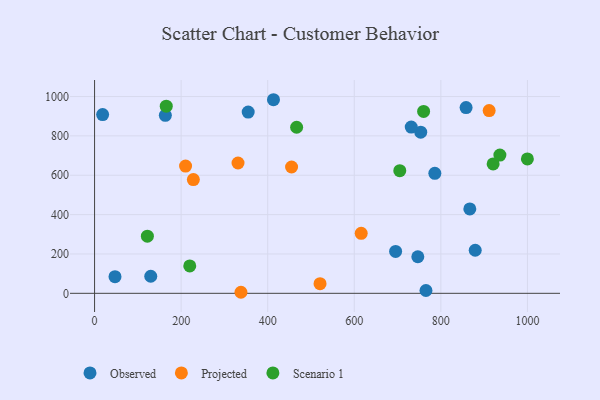
{"axis": {"x": "Speed", "y": "Yield"}, "legend": ["Observed", "Projected", "Scenario 1"], "data": [{"x": "129.8", "y": 86.8, "type": "Observed"}, {"x": "354.9", "y": 920.8, "type": "Observed"}, {"x": "765.6", "y": 14.3, "type": "Observed"}, {"x": "18.6", "y": 908.3, "type": "Observed"}, {"x": "163.5", "y": 904.7, "type": "Observed"}, {"x": "695.5", "y": 212.9, "type": "Observed"}, {"x": "866.9", "y": 428.9, "type": "Observed"}, {"x": "786.1", "y": 610.0, "type": "Observed"}, {"x": "413.3", "y": 983.8, "type": "Observed"}, {"x": "47.2", "y": 84.7, "type": "Observed"}, {"x": "879.4", "y": 218.9, "type": "Observed"}, {"x": "753.5", "y": 818.7, "type": "Observed"}, {"x": "858.3", "y": 943.7, "type": "Observed"}, {"x": "746.8", "y": 185.8, "type": "Observed"}, {"x": "731.6", "y": 844.9, "type": "Observed"}, {"x": "331.4", "y": 662.3, "type": "Projected"}, {"x": "520.9", "y": 49.2, "type": "Projected"}, {"x": "228.2", "y": 577.8, "type": "Projected"}, {"x": "338.2", "y": 5.3, "type": "Projected"}, {"x": "616.0", "y": 304.7, "type": "Projected"}, {"x": "911.6", "y": 928.9, "type": "Projected"}, {"x": "210.2", "y": 646.5, "type": "Projected"}, {"x": "455.1", "y": 641.8, "type": "Projected"}, {"x": "122.0", "y": 290.4, "type": "Scenario 1"}, {"x": "466.8", "y": 844.0, "type": "Scenario 1"}, {"x": "165.6", "y": 950.9, "type": "Scenario 1"}, {"x": "999.9", "y": 682.9, "type": "Scenario 1"}, {"x": "705.1", "y": 623.5, "type": "Scenario 1"}, {"x": "920.8", "y": 657.4, "type": "Scenario 1"}, {"x": "219.9", "y": 139.4, "type": "Scenario 1"}, {"x": "760.2", "y": 924.3, "type": "Scenario 1"}, {"x": "936.4", "y": 702.6, "type": "Scenario 1"}]}